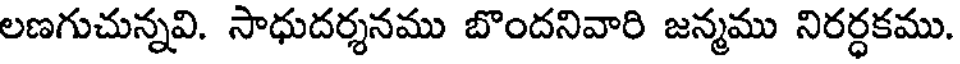
లణగుచున్నవి. సాధుదర్శనము బొందనివారి జన్మము నిరర్ధకము.